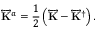
\overleftrightarrow { \mathbf { K } } ^ { a } = \frac { 1 } { 2 } \left( \overleftrightarrow { \mathbf { K } } - \overleftrightarrow { \mathbf { K } } ^ { \dag } \right) .